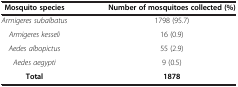
| Mosquito species | Number of mosquitoes collected (%) |
 | --- | --- |
 | Armigeres subalbatus | 1798 (95.7) |
 | Armigeres kesseli | 16 (0.9) |
 | Aedes albopictus | 55 (2.9) |
 | Aedes aegypti | 9 (0.5) |
 | Total | 1878 |